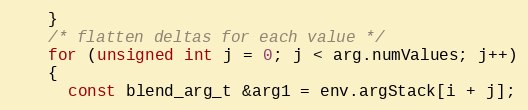
Language: C++
    }
    /* flatten deltas for each value */
    for (unsigned int j = 0; j < arg.numValues; j++)
    {
      const blend_arg_t &arg1 = env.argStack[i + j];